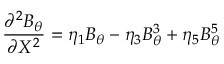
\frac { { { \partial } ^ { 2 } } { { B } _ { \theta } } } { \partial { { X } ^ { 2 } } } = { { \eta } _ { 1 } } { { B } _ { \theta } } - { { \eta } _ { 3 } } B _ { \theta } ^ { 3 } + { { \eta } _ { 5 } } B _ { \theta } ^ { 5 }